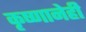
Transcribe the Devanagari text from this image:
कृष्णानेही